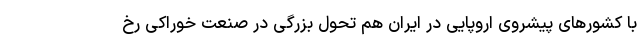
با کشورهای پیشروی اروپایی در ایران هم تحول بزرگی در صنعت خوراکی رخ